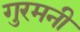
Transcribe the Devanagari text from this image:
गुरमनी